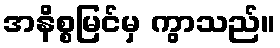
အနိစ္စမြင်မှ ကွာသည်။